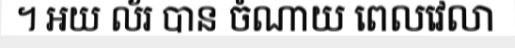
។ អយ ល័រ បាន ចំណាយ ពេលវេលា